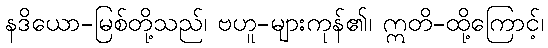
နဒိယော-မြစ်တို့သည်၊ ဗဟူ-များကုန်၏၊ ဣတိ-ထို့ကြောင့်၊